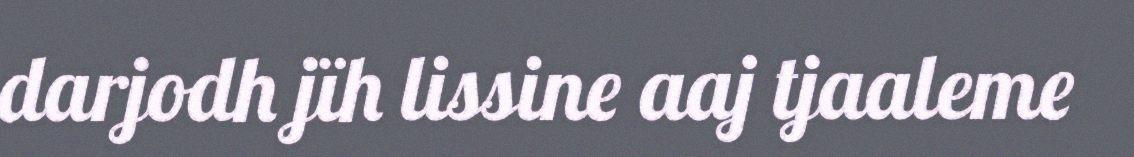
darjodh jïh lissine aaj tjaaleme